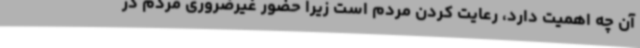
آن چه اهمیت دارد، رعایت کردن مردم است زیرا حضور غیرضروری مردم در